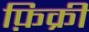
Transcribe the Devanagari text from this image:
फ़िक्री